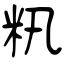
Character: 籸